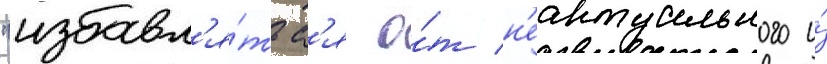
"избавл'я́тьс'я о́т н'еактуального и́